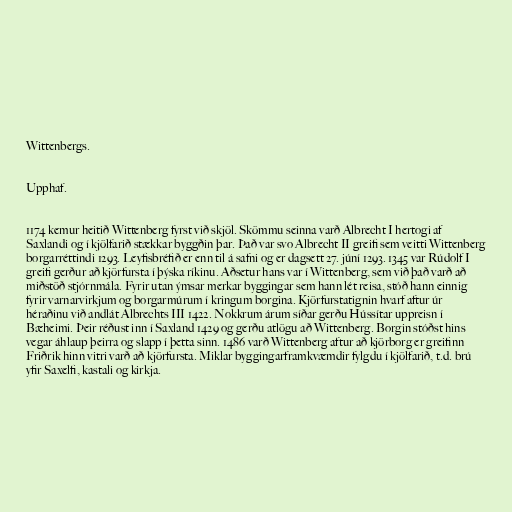
Wittenbergs.

Upphaf.

1174 kemur heitið Wittenberg fyrst við skjöl. Skömmu seinna varð Albrecht I hertogi af
Saxlandi og í kjölfarið stækkar byggðin þar. Það var svo Albrecht II greifi sem veitti Wittenberg
borgarréttindi 1293. Leyfisbréfið er enn til á safni og er dagsett 27. júní 1293. 1345 var Rúdolf I
greifi gerður að kjörfursta í þýska ríkinu. Aðsetur hans var í Wittenberg, sem við það varð að
miðstöð stjórnmála. Fyrir utan ýmsar merkar byggingar sem hann lét reisa, stóð hann einnig
fyrir varnarvirkjum og borgarmúrum í kringum borgina. Kjörfurstatignin hvarf aftur úr
héraðinu við andlát Albrechts III 1422. Nokkrum árum síðar gerðu Hússítar uppreisn í
Bæheimi. Þeir réðust inn í Saxland 1429 og gerðu atlögu að Wittenberg. Borgin stóðst hins
vegar áhlaup þeirra og slapp í þetta sinn. 1486 varð Wittenberg aftur að kjörborg er greifinn
Friðrik hinn vitri varð að kjörfursta. Miklar byggingarframkvæmdir fylgdu í kjölfarið, t.d. brú
yfir Saxelfi, kastali og kirkja.